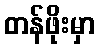
တန်ဖိုးမှာ